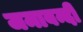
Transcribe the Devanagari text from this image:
जमाबन्दी